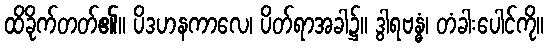
ထိခိုက်တတ်၏။ ပိဒဟနကာလေ၊ ပိတ်ရာအခါ၌။ ဒွါရဗန္ဓံ၊ တံခါးပေါင်ကို။